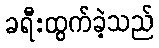
ခရီးထွက်ခဲ့သည်